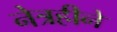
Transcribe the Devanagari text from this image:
नेत्रहीने